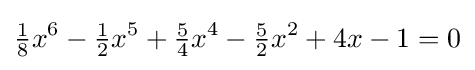
{\tfrac {1}{8}}x^{6}-{\tfrac {1}{2}}x^{5}+{\tfrac {5}{4}}x^{4}-{\tfrac {5}{2}}x^{2}+4x-1=0